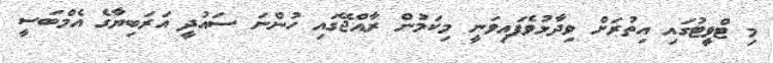
މި ޓްވީޓުގައި އިތުރަށް ވިދާޅުވެފައިވަނީ މިކަމުން ރާއްޖޭގައި ހުންނަ ސައުދީ އަރަބިޔާގެ އެމްބަސީ